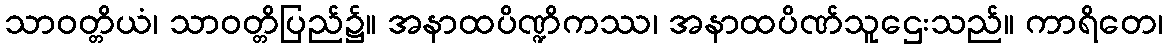
သာဝတ္တိယံ၊ သာဝတ္တိပြည်၌။ အနာထပိဏ္ဍိကဿ၊ အနာထပိဏ်သူဌေးသည်။ ကာရိတေ၊